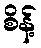
စိန့်